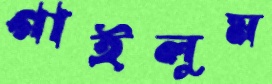
গাইলুম